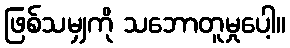
ဖြစ်သမျှကို သဘောတူမှုပေါ့။